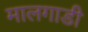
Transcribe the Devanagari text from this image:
मालगाडी